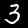
Digit: 3